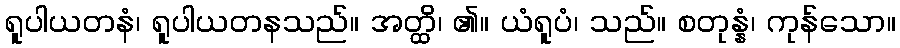
ရူပါယတနံ၊ ရူပါယတနသည်။ အတ္ထိ၊ ၏။ ယံရူပံ၊ သည်။ စတုန္နံ၊ ကုန်သော။